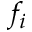
f _ { i }